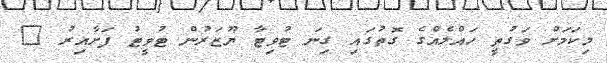
މިކަމަށް ވަގުތީ ހައްލެއްގެ ގޮތުގައި ގިނަ ޓުވިޓާ ޔޫޒަރުން ޓުވީޓު ފަށާއިރު @